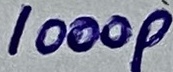
Text: 1000p